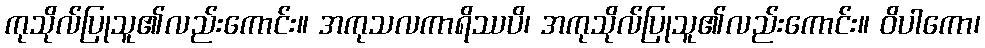
ကုသိုလ်ပြုသူ၏လည်းကောင်း။ အကုသလကာရိဿပိ၊ အကုသိုလ်ပြုသူ၏လည်းကောင်း။ ဝိပါကော၊